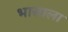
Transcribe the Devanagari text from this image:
भासाला